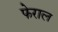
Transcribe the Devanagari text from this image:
फेराल